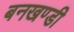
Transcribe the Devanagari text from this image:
बनखण्डी